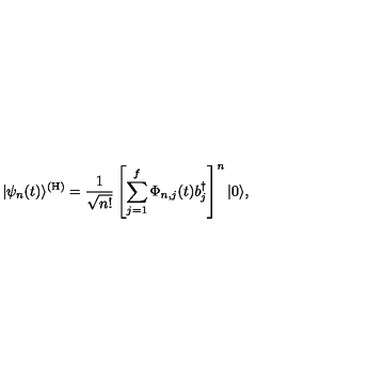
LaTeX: | \psi _ { n } ( t ) \rangle \sp { ( \mathrm { H } ) } = { \frac { 1 } { \sqrt { n ! } } } \left[ \sum _ { j = 1 } \sp f \Phi _ { n , j } ( t ) b _ { j } \sp { \dagger } \right] \sp n | 0 \rangle ,